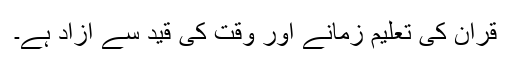
قرآن کی تعلیم زمانے اور وقت کی قید سے آزاد ہے۔